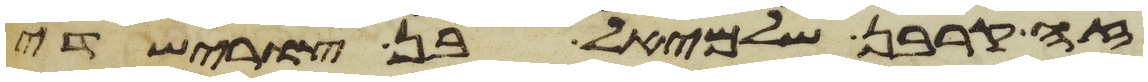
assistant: זה קרבן שלמיאל בן צורישדי